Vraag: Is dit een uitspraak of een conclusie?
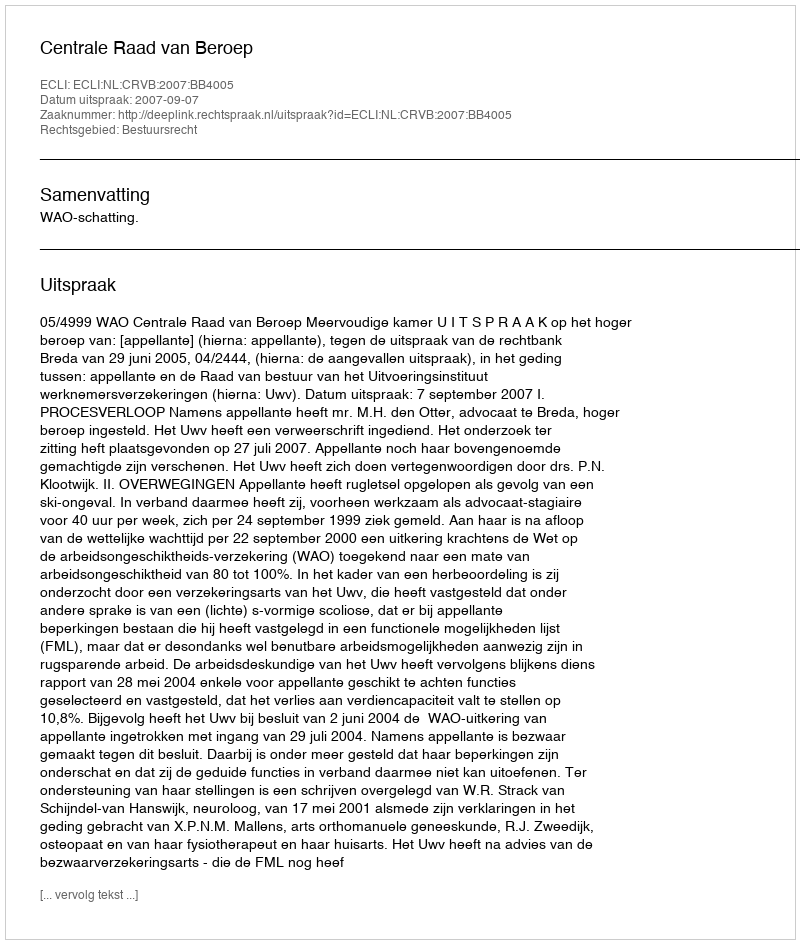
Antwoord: Uitspraak